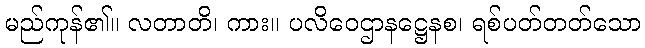
မည်ကုန်၏။ လတာတိ၊ ကား။ ပလိဝေဌာနဋ္ဌေနစ၊ ရစ်ပတ်တတ်သော